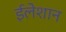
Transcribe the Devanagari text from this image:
ईलेशान